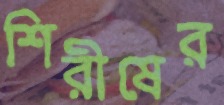
শিরীষের